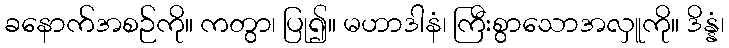
ခနောက်အစဉ်ကို။ ကတွာ၊ ပြု၍။ မဟာဒါနံ၊ ကြီးစွာသောအလှူကို။ ဒိန္နံ၊